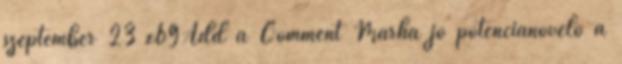
szeptember 23 x69Add a Comment Marha jó potencianövelő a